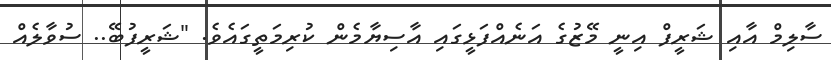
ސާލިމް އާއި ޝަރީފް އިނީ މޭޒުގެ އަނެއްފަޅީގައި އާސިޔާމެން ކުރިމަތީގައެވެ. "ޝަރީފުބޭ.. ސުވާލެއް